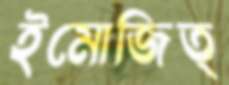
ইমোজিত্